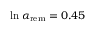
\ln { \alpha _ { \mathrm { r e m } } } = 0 . 4 5